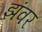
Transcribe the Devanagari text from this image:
झंवर